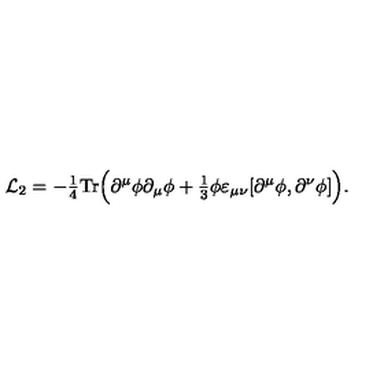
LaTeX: { \cal L } _ { 2 } = - { \textstyle \frac 1 4 } \mathrm { T r } \Bigl ( \partial ^ { \mu } \phi \partial _ { \mu } \phi + { \textstyle \frac 1 3 } \phi \varepsilon _ { \mu \nu } [ \partial ^ { \mu } \phi , \partial ^ { \nu } \phi ] \Bigr ) .